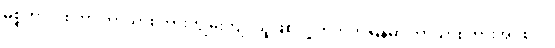
မစ္စတာလုစ်ဟာ ဘာသာစကားကျွမ်းကျင်သူဖြစ်လို့ တိဘက်မြန်မာ ဘာသာစကားအုပ်စုဝင်